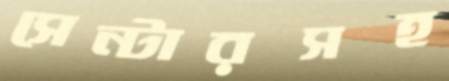
সেন্টারসহ